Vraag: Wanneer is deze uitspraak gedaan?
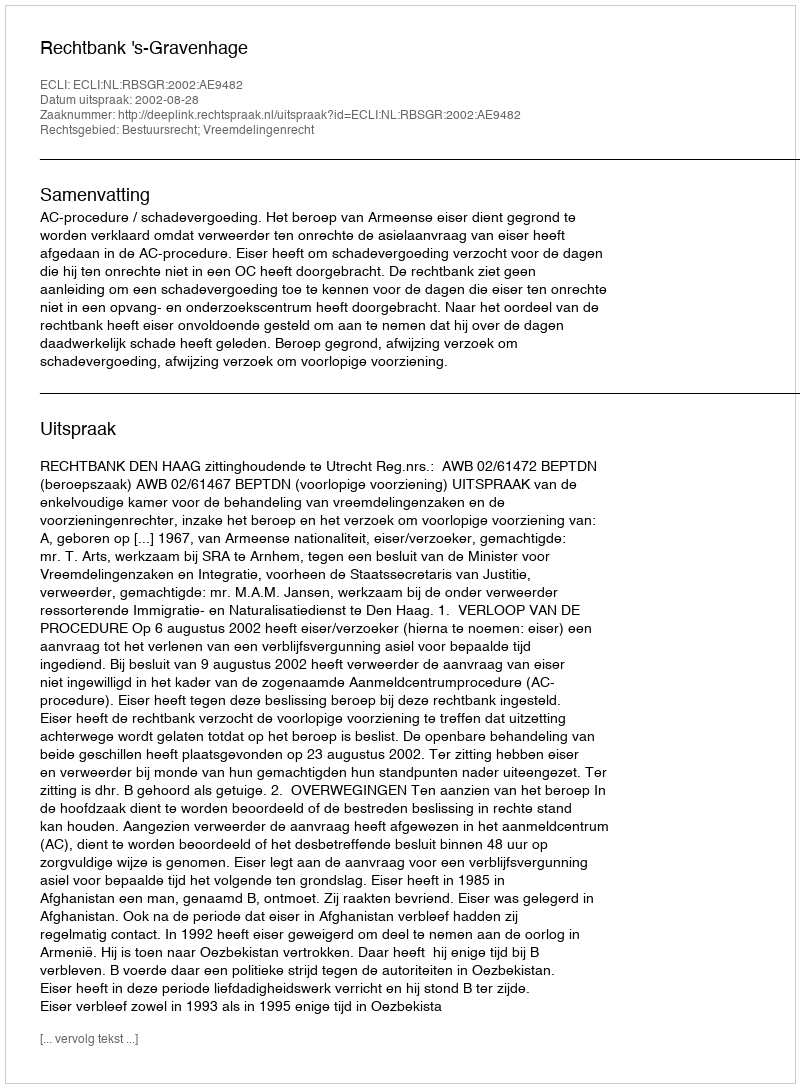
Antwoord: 2002-08-28